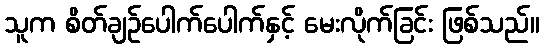
သူက စိတ်ချဉ်ပေါက်ပေါက်နှင့် မေးလိုက်ခြင်း ဖြစ်သည်။